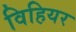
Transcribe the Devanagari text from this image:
विहियर